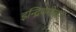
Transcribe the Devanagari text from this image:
इन्द्रियगोचर